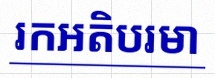
រកអតិបរមា